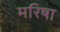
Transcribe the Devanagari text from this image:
मरिषा